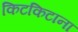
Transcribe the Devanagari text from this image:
किटकिटाना